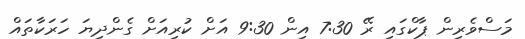
މަސްވެރިން ޕާކްގައި ރޭ 7:30 އިން 9:30 އަށް ކުރިއަށް ގެންދިޔަ ހަރަކާތައް